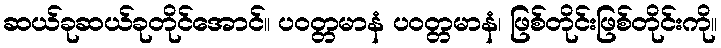
ဆယ်ခုဆယ်ခုတိုင်အောင်။ ပဝတ္တမာနံ ပဝတ္တမာနံ၊ ဖြစ်တိုင်းဖြစ်တိုင်းကို။